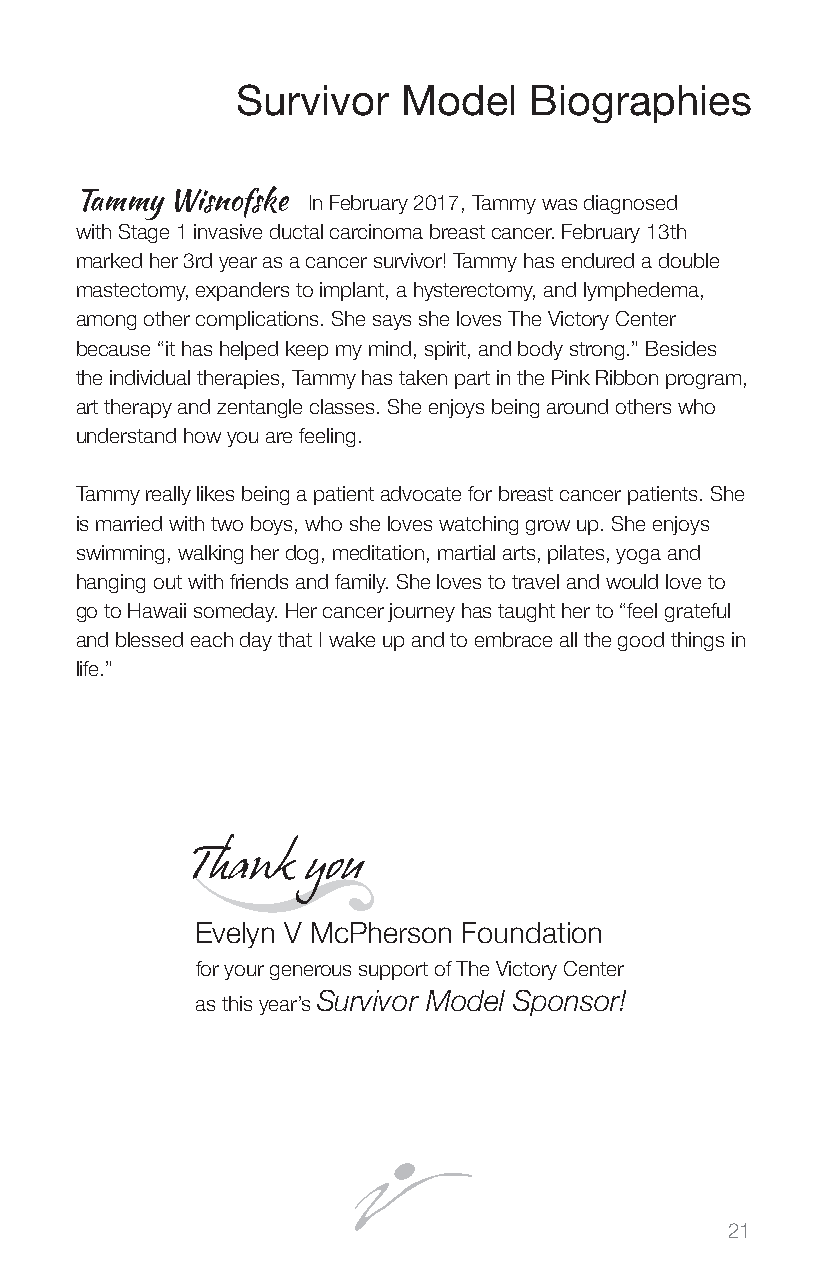
Survivor   Model   Biographies
 Tammy Wisnofske In February 2017, Tammy was diagnosed
 with Stage 1 invasive ductal carcinoma breast cancer. February 13th
 marked her 3rd year as a cancer survivor! Tammy has endured a double
 mastectomy, expanders to implant, a hysterectomy, and lymphedema,
 among other complications. She says she loves The Victory Center
 because “it has helped keep my mind, spirit, and body strong.” Besides
 the individual therapies, Tammy has taken part in the Pink Ribbon program,
 art therapy and zentangle classes. She enjoys being around others who
 understand how you are feeling.
 Tammy really likes being a patient advocate for breast cancer patients. She
 is married with two boys, who she loves watching grow up. She enjoys
 swimming, walking her dog, meditation, martial arts, pilates, yoga and
 hanging out with friends and family. She loves to travel and would love to
 go to Hawaii someday. Her cancer journey has taught her to “feel grateful
 and blessed each day that I wake up and to embrace all the good things in
 life.”
 Thank  you
 Evelyn V McPherson Foundation
 for your generous support of The Victory Center
 Survivor Model Sponsor!
 as this year’s
 21